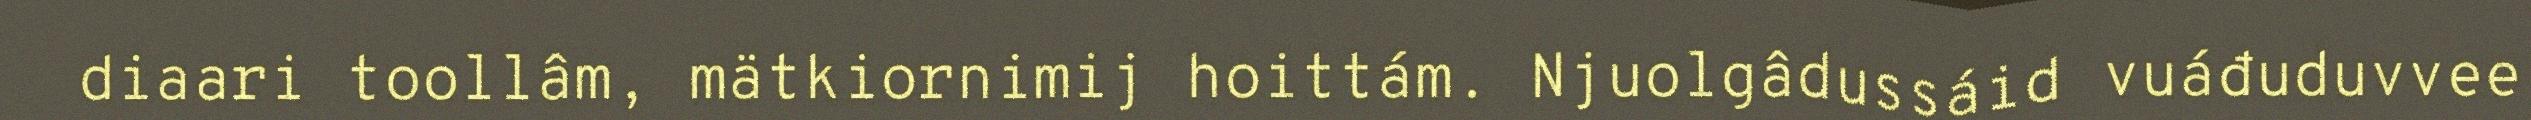
diaari toollâm, mätkiornimij hoittám. Njuolgâdussáid vuáđuduvvee